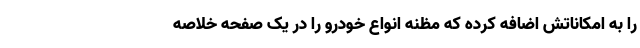
را به امکاناتش اضافه کرده که مظنه انواع خودرو را در یک صفحه خلاصه